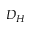
D _ { H }